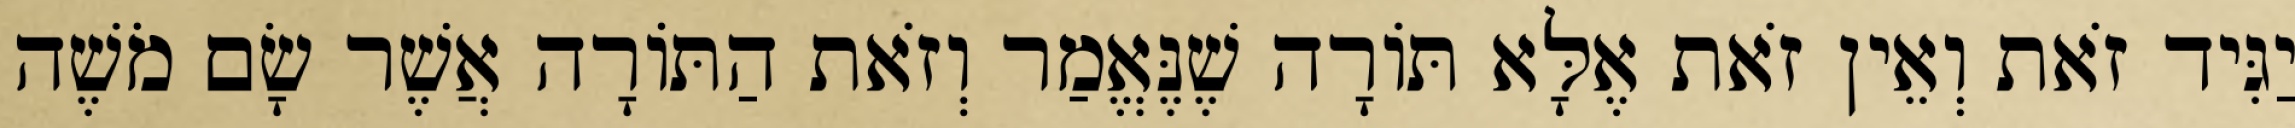
יַגִּיד זֹאת וְאֵין זֹאת אֶלָּא תּוֹרָה שֶׁנֶּאֱמַר וְזֹאת הַתּוֹרָה אֲשֶׁר שָׂם מֹשֶׁה